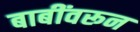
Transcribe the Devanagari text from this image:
बाबींवरून